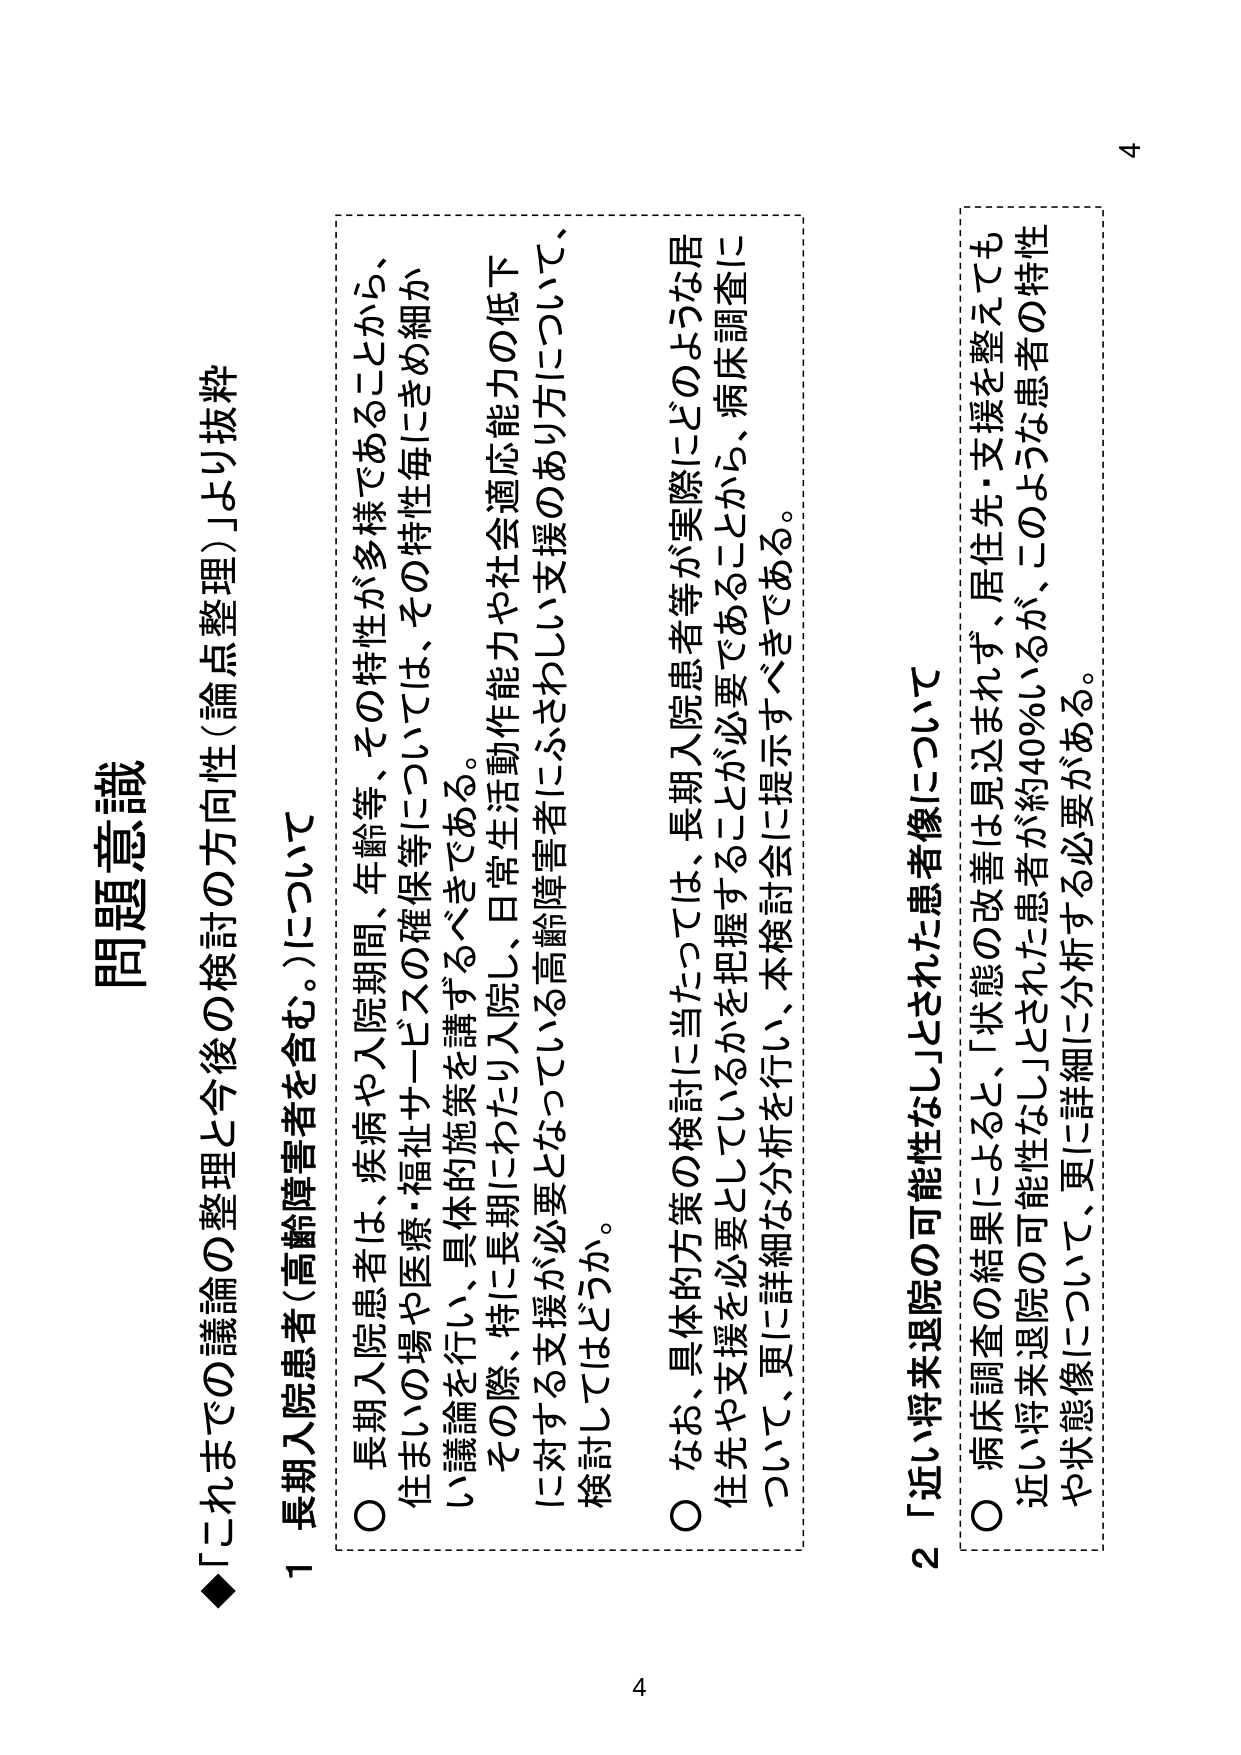
問題意識

◆「これまでの議論の整理と今後の検討の方向性（論点整理）」より抜粋

１ 長期入院患者（高齢障害者を含む。）について

○ 長期入院患者は、疾病や入院期間、年齢等、その特性が多様であることから、
住まいの場や医療・福祉サービスの確保等については、その特性毎にきめ細か
い議論を行い、具体的施策を講ずるべきである。
その際、特に長期にわたり入院し、日常生活動作能力や社会適応能力の低下
に対する支援が必要となっている高齢障害者にふさわしい支援のあり方について、
検討してはどうか。

○ なお、具体的方策の検討に当たっては、長期入院患者等が実際にどのような居
住先や支援を必要としているかを把握することが必要であることから、病床調査に
ついて、更に詳細な分析を行い、本検討会に提示すべきである。

２ 「近い将来退院の可能性なし」とされた患者像について

○ 病床調査の結果によると、「状態の改善は見込まれず、居住先・支援を整えても
近い将来退院の可能性なし」とされた患者が約40％いるが、このような患者の特性
や状態像について、更に詳細に分析する必要がある。

4